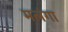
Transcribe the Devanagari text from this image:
मलंगा